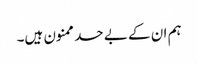
ہم ان کے بے حد ممنون ہیں۔